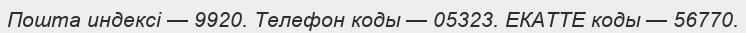
Пошта индексі — 9920. Телефон коды — 05323. ЕКАТТЕ коды — 56770.